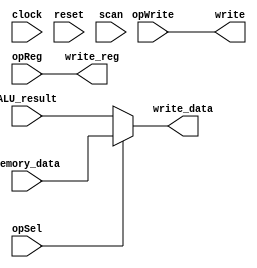
/** @module : writeback
 *  @author : Adaptive & Secure Computing Systems (ASCS) Laboratory

 *  Copyright (c) 2019 BRISC-V (ASCS/ECE/BU)
 *  Permission is hereby granted, free of charge, to any person obtaining a copy
 *  of this software and associated documentation files (the "Software"), to deal
 *  in the Software without restriction, including without limitation the rights
 *  to use, copy, modify, merge, publish, distribute, sublicense, and/or sell
 *  copies of the Software, and to permit persons to whom the Software is
 *  furnished to do so, subject to the following conditions:
 *  The above copyright notice and this permission notice shall be included in
 *  all copies or substantial portions of the Software.

 *  THE SOFTWARE IS PROVIDED "AS IS", WITHOUT WARRANTY OF ANY KIND, EXPRESS OR
 *  IMPLIED, INCLUDING BUT NOT LIMITED TO THE WARRANTIES OF MERCHANTABILITY,
 *  FITNESS FOR A PARTICULAR PURPOSE AND NONINFRINGEMENT. IN NO EVENT SHALL THE
 *  AUTHORS OR COPYRIGHT HOLDERS BE LIABLE FOR ANY CLAIM, DAMAGES OR OTHER
 *  LIABILITY, WHETHER IN AN ACTION OF CONTRACT, TORT OR OTHERWISE, ARISING FROM,
 *  OUT OF OR IN CONNECTION WITH THE SOFTWARE OR THE USE OR OTHER DEALINGS IN
 *  THE SOFTWARE.
 */
module writeback_unit #(
  parameter CORE = 0,
  parameter DATA_WIDTH = 32,
  parameter SCAN_CYCLES_MIN = 0,
  parameter SCAN_CYCLES_MAX = 1000
) (
  input clock,
  input reset,

  input opWrite,
  input opSel,
  input [4:0] opReg,
  input [DATA_WIDTH-1:0] ALU_result,
  input [DATA_WIDTH-1:0] memory_data,

  output write,
  output [4:0] write_reg,
  output [DATA_WIDTH-1:0] write_data,

  input scan

);

assign write_data = opSel? memory_data : ALU_result;
assign write_reg  = opReg;
assign write      = opWrite;

reg [31: 0] cycles;
always @ (posedge clock) begin
  cycles <= reset? 0 : cycles + 1;
  if (scan  & ((cycles >= SCAN_CYCLES_MIN) & (cycles <= SCAN_CYCLES_MAX)) )begin
    $display ("------ Core %d Writeback Unit - Current Cycle %d ----", CORE, cycles);
    $display ("| opSel       [%b]", opSel);
    $display ("| opReg       [%b]", opReg);
    $display ("| ALU_result  [%d]", ALU_result);
    $display ("| Memory_data [%d]", memory_data);
    $display ("| write       [%b]", write);
    $display ("| write_reg   [%d]", write_reg);
    $display ("| write_data  [%d]", write_data);
    $display ("----------------------------------------------------------------------");
  end
end

endmodule